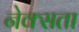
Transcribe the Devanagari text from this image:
नेक्सता